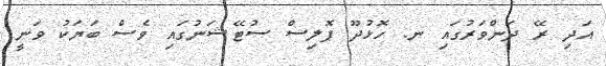
އަދި ރޭ ދަންވަރުގައި ނ. ހޮޅުދޫ ޕޮލިސް ސުޓޭޝަނުގައި ވެސް ބަޔަކު ވަނީ